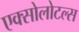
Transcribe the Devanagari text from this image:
एक्सोलोटल्स